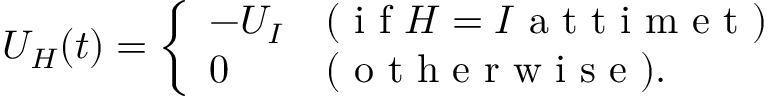
U _ { H } ( t ) = \left\{ \begin{array} { l l } { - U _ { I } } & { ( \mathrm { ~ i ~ f ~ } H = I \mathrm { ~ a ~ t ~ t ~ i ~ m ~ e ~ t ~ } ) } \\ { 0 } & { ( \mathrm { ~ o ~ t ~ h ~ e ~ r ~ w ~ i ~ s ~ e ~ } ) . } \end{array} \right.